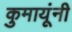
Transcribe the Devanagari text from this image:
कुमायूंनी